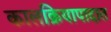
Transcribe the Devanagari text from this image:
कालक्रियापादात